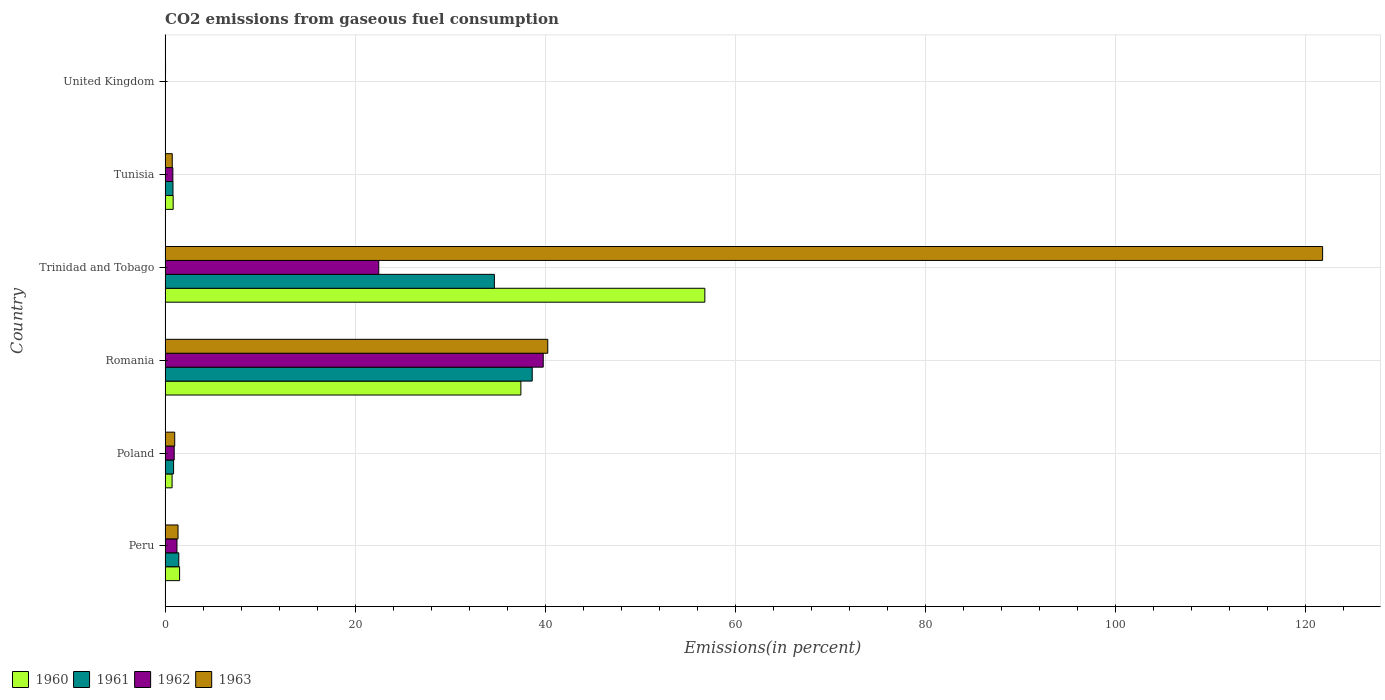
| Country | 1960 | 1961 | 1962 | 1963 |
 | --- | --- | --- | --- | --- |
 | Peru | 1.53 | 1.44 | 1.25 | 1.36 |
 | Poland | 0.736 | 0.894 | 0.959 | 1.01 |
 | Romania | 37.5 | 38.6 | 39.8 | 40.3 |
 | Trinidad and Tobago | 56.8 | 34.7 | 22.5 | 122 |
 | Tunisia | 0.849 | 0.83 | 0.816 | 0.753 |
 | United Kingdom | 0.0257 | 0.0255 | 0.0365 | 0.048 |